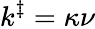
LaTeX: k^{\ddagger}=\kappa\nu